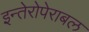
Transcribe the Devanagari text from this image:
इन्तेरोपेराबल